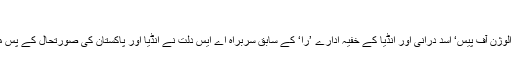
'
’سپائی کرونیکلز: را، آئی ایس آئی اینڈ دی الوژن آف پیس‘ اسد درانی اور انڈیا کے خفیہ ادارے ’را‘ کے سابق سربراہ اے ایس دُلت نے انڈیا اور پاکستان کی صورتحال کے پس منظر میں مشترکہ طور پر تحریر کی ہے۔